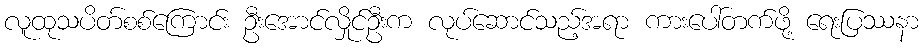
လူထုသပိတ်စစ်ကြောင်း ဦးအောင်လှိုင်ဦးက လုပ်ဆောင်သည့်အရာ ကားပေါ်တက်ဖို့ ရေးပြဿနာ